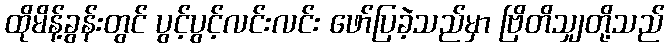
ထိုမိန့်ခွန်းတွင် ပွင့်ပွင့်လင်းလင်း ဖော်ပြခဲ့သည်မှာ ဗြိတိသျှတို့သည်